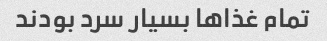
تمام غذاها بسیار سرد بودند